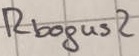
Text: Rbogus2